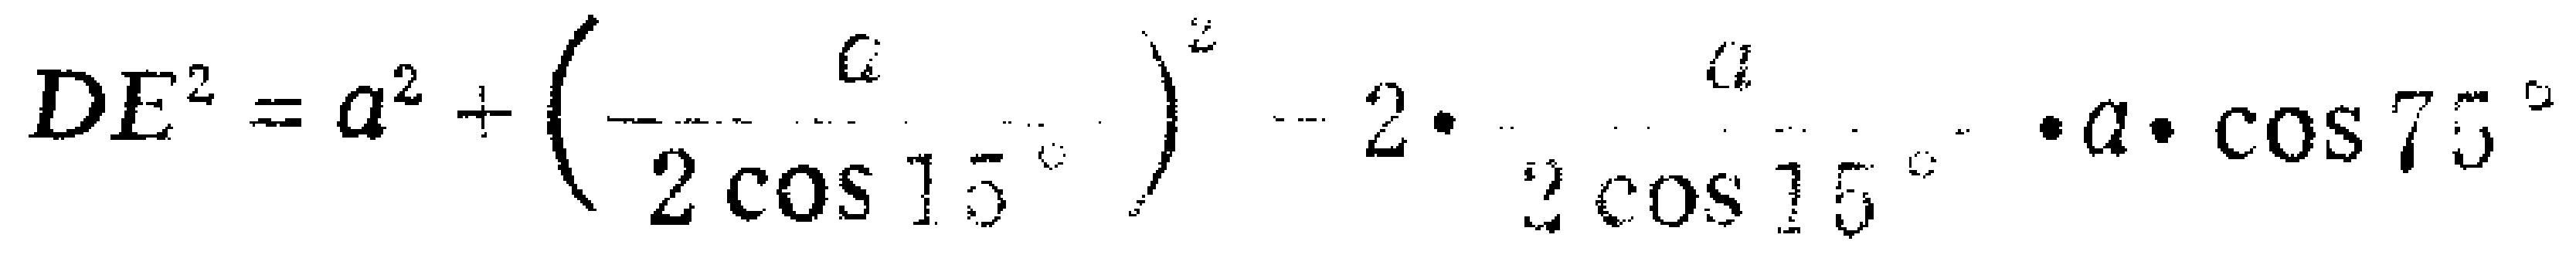
\[DE^{2}=a^{2}+\left(\frac{c}{2\cos15^{\circ}}\right)^{2}-2\cdot\frac{a}{2\cos15^{\circ}}\cdot a\cdot\cos75^{\circ}\]